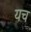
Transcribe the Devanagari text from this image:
यच